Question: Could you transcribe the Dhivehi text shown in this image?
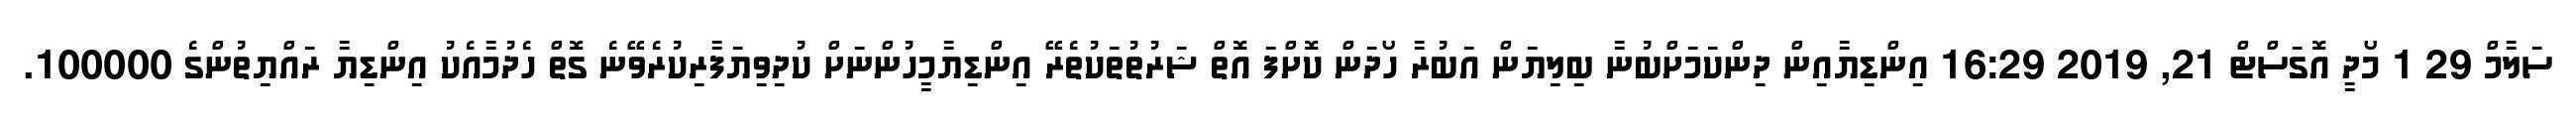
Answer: ސަލާމް 29 1 މޯދީ އޮގަސްޓް 21, 2019 16:29 އިންޑިޔާއިން ދިންކަމަށްބުނާ ބިލިޔަން އަބުރާ ހޯދަން ކޮށްފަ އޮތް ޝަރުތުތަކުތެރޭ އިންޑިޔާމީހުންނަށް ކުދިވިޔަފާރިކުރެވޭނެ ގޮތް ހެދުމާއެކު އިންޑިޔާ ރައްޔިތުންގެ 100000.